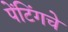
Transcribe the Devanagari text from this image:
पेंटिंगचे